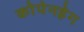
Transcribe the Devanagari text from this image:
कोपेनहेग